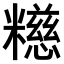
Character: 𫃕